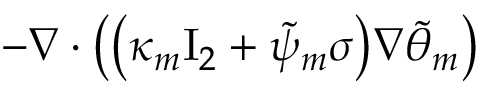
\begin{array} { r l } { \lefteqn { - \nabla \cdot \bigl ( \bigl ( \kappa _ { m } \ensuremath { \mathrm { I } _ { 2 } } + \tilde { \psi } _ { m } \sigma \bigr ) \nabla \tilde { \theta } _ { m } \bigr ) } \qquad } & { { } } \end{array}